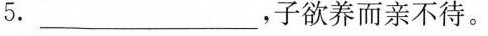
5.___，子欲养而亲不待。